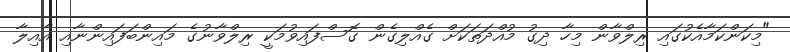
"މިކަންކަމާއެކުގައި ރިލްވާން މިހާ ދިގު މުއްދަތަކަށް ގެއްލިގެން ގޮސްފައިވުމަކީ ރިލްވާނުގެ މައިންބަފައިންނާއި އާއިލާ